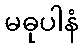
မဓုပါနံ